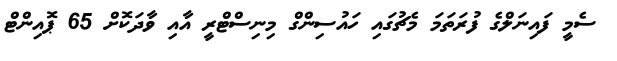
ސެމީ ފައިނަލްގެ ފުރަތަމަ މެޗުގައި ހައުސިންގް މިނިސްޓްރީ އާއި ވާދަކޮށް 65 ޕޮއިންޓް